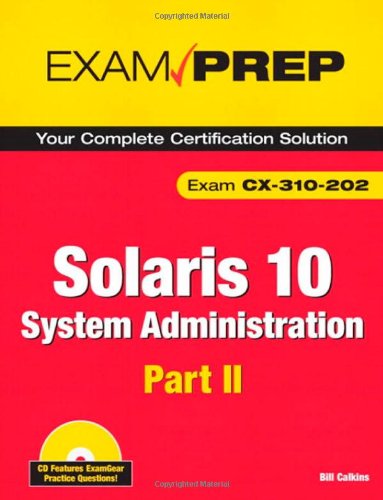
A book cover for Solaris 10 System Administration Exam Prep: Exam CX-310-202 Part II; Bill Calkins; Computers & Technology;